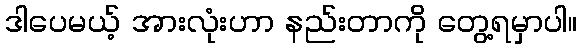
ဒါပေမယ့် အားလုံးဟာ နည်းတာကို တွေ့ရမှာပါ။